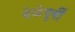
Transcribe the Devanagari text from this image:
वेळेपूर्वी